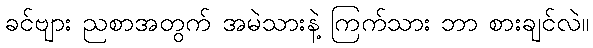
ခင်ဗျား ညစာအတွက် အမဲသားနဲ့ ကြက်သား ဘာ စားချင်လဲ။